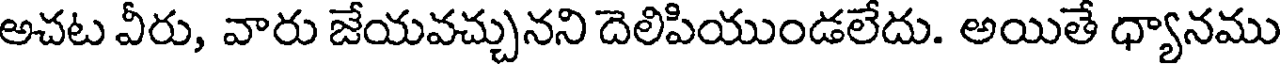
అచట వీరు, వారు జేయవచ్చునని దెలిపియుండలేదు. అయితే ధ్యానము